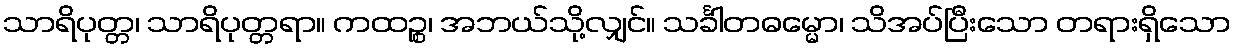
သာရိပုတ္တ၊ သာရိပုတ္တရာ။ ကထဉ္စ၊ အဘယ်သို့လျှင်။ သင်္ခါတဓမ္မော၊ သိအပ်ပြီးသော တရားရှိသော